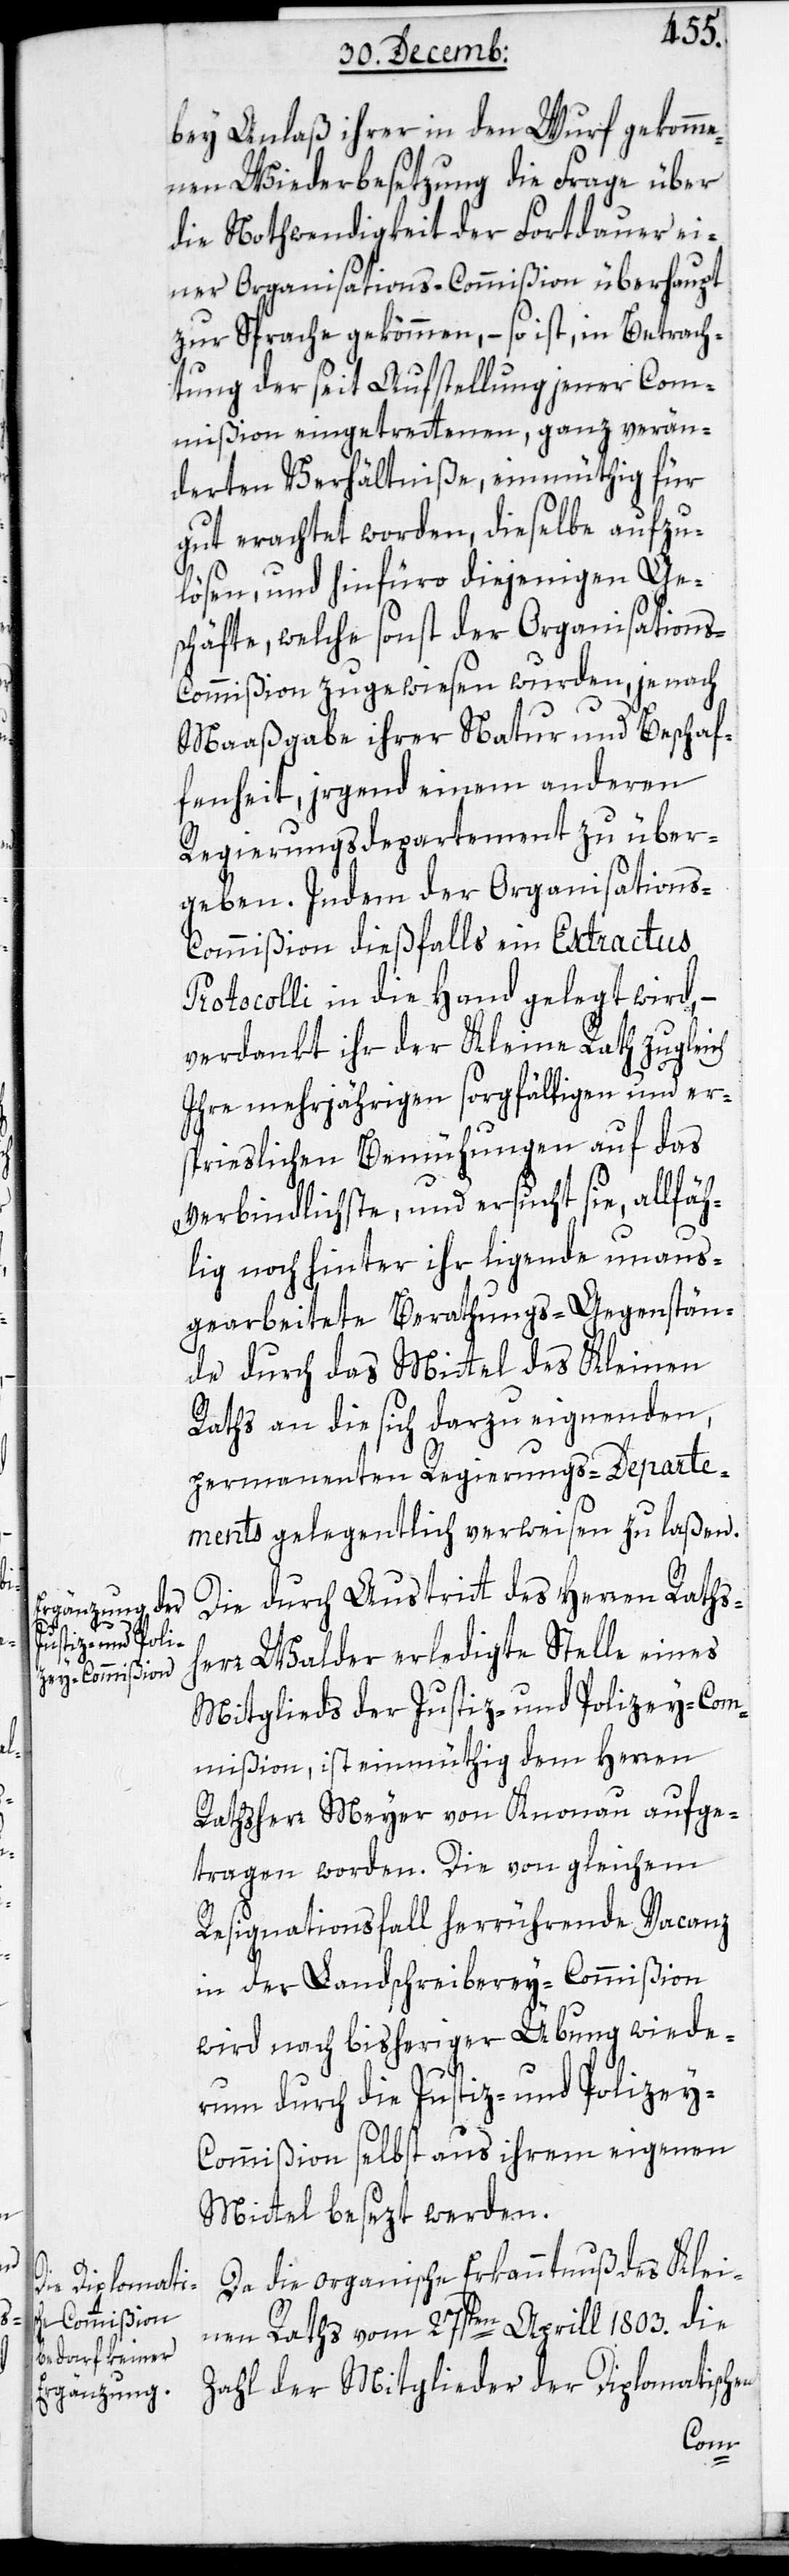
bey Anlaß ihrer in den Wurf gekomme¬
nen Wiederbesetzung die Frage über
die Nothwendigkeit der Fortdauer ei¬
ner Organisations-Commißion überhaupt
zur Sprache gekommen, – so ist, in Betrach¬
tung der seit Aufstellung jener Com¬
mißion eingetrettenen, ganz verän¬
derten Verhältniße, einmüthig für
gut erachtet worden, dieselbe aufzu¬
lösen, und hinfüro diejenigen Ge¬
schäfte, welche sonst der Organisation¬
s-Commißion zugewiesen wurden, je nach
Maaßgabe ihrer Natur und Beschaf¬
fenheit, irgend einem anderen
Regierungsdepartement zu über¬
geben. Indem der Organisation¬
s-Commißion dießfalls ein Extractus
Protocolli in die Hand gelegt wird,
verdankt ihr der Kleine Rath zugleich
Ihre mehrjährigen sorgfältigen und er¬
sprießlichen Bemühungen auf das
verbindlichste, und ersucht sie, allfäh¬
lig noch hinter ihr liegende unaus¬
gearbeitete Berathungs-Gegenstän¬
de durch das Mittel des Kleinen
Raths an die sich darzu eignenden,
permanenten Regierungs-Departe¬
ments gelegentlich verweisen zu laßen.
Die durch Austritt des Herren Rathsh¬
err Walder erledigte Stelle eines
Mitglieds der Justiz- und Polizey-Com¬
mißion, ist einmüthig dem Herren
Rathsherr Meyer von Knonau aufge¬
tragen worden. Die von gleichem
Resignationsfall herrührende Vacanz
in der Landschreiberey-Commißion
wird nach bisheriger Übung wiede¬
rum durch die Justiz- und Polizey-C¬
ommißion selbst aus ihrem eigenen
Mittel besezt werden.
Da die organische Erkanntnuß des Klei¬
nen Raths vom 27sten April 1803. die
Zahl der Mitglieder der Diplomatischen